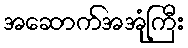
အဆောက်အအုံကြီး